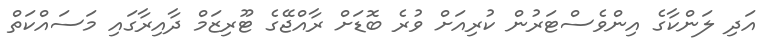
އަދި ލަންކާގެ އިންވެސްޓަރުން ކުރިއަށް ވުރެ ބޮޑަށް ރާއްޖޭގެ ޓޫރިޒަމް ދާއިރާގައި މަސައްކަތް